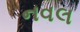
નવલ